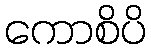
ကောစိပိ